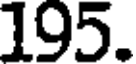
195.